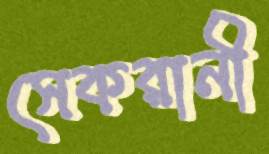
সেকরানী